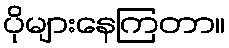
ပိုများနေကြတာ။